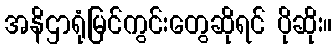
အနိဌာရုံမြင်ကွင်းတွေဆိုရင် ပိုဆိုး။